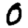
Digit: 0